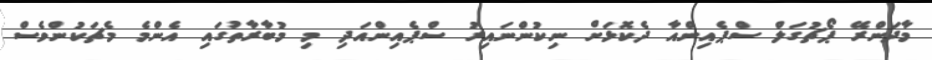
މާދަންރޭ ޕޯޗުގަލް ސްޕެއިންއާ ދެކޮޅަށް ނިކުންނައިރު ސްޕެއިންއަދި މި މުބާރާތުގައި އެންމެ މެޗަކުންވެސް